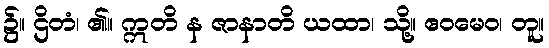
၌။ ဌိတံ၊ ၏။ ဣတိ န ဇာနာတိ ယထာ၊ သို့။ ဧဝမေဝ၊ တူ။